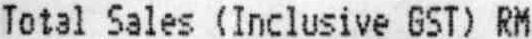
TOTAL SALES (INCLUSIVE GST) RM